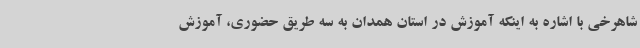
شاهرخی با اشاره به اینکه آموزش در استان همدان به سه طریق حضوری، آموزش